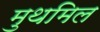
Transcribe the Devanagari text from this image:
मुथमिल